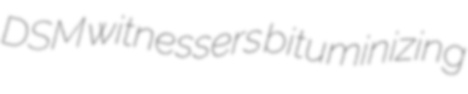
DSM witnessers bituminizing